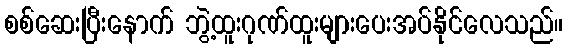
စစ်ဆေးပြီးနောက် ဘွဲ့ထူးဂုဏ်ထူးများပေးအပ်နိုင်လေသည်။